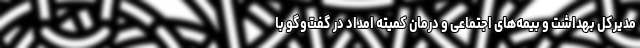
مدیرکل بهداشت و بیمه‌های اجتماعی و درمان کمیته امداد در گفت‌وگو با